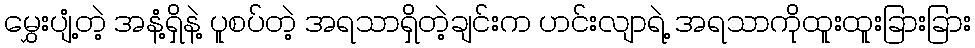
မွှေးပျံ့တဲ့ အနံ့ရှိနဲ့ ပူစပ်တဲ့ အရသာရှိတဲ့ချင်းက ဟင်းလျာရဲ့ အရသာကိုထူးထူးခြားခြား